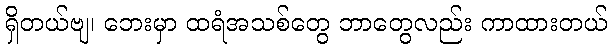
ရှိတယ်ဗျ၊ ဘေးမှာ ထရံအသစ်တွေ ဘာတွေလည်း ကာထားတယ်